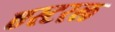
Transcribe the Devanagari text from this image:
एस्टरल